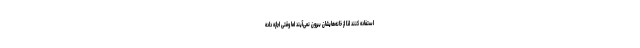
استفاده کنند لذا از خانه‌هایشان بیرون نمی‌آیند اما وقتی اجازه داده